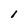
Character: l